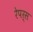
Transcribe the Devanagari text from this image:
रेपर्स